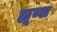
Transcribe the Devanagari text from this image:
ह्यूब्श